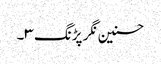
حسنین نگر پڑنگ ۳۔